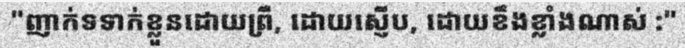
"ញាក់ទទាក់ខ្លួនដោយព្រឺ, ដោយស្ញើប, ដោយខឹងខ្លាំងណាស់ :"